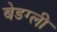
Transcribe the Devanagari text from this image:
बेडग्ली